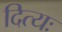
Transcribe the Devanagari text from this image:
दित्यः